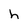
Character: h